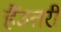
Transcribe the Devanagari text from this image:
हैंउतरी